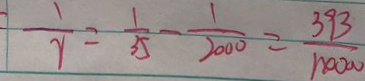
\frac { 1 } { r } = \frac { 1 } { 3 5 } - \frac { 1 } { 2 0 0 0 } = \frac { 3 9 3 } { 1 2 0 0 0 0 }